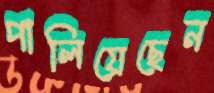
পালিয়েছেন